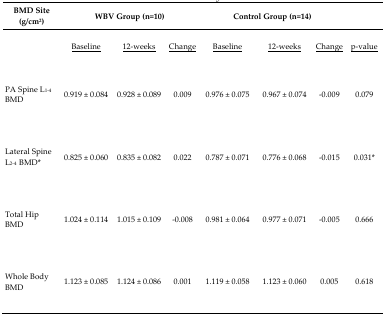
<table><thead><tr><td><b>BMD Site (g/cm<sup>2</sup>)</b></td><td colspan="3"><b>WBV Group (n=10)</b></td><td colspan="3"><b>Control Group (n=14)</b></td><td></td></tr><tr><td></td><td><b><underline>Baseline</underline></b></td><td><b><underline>12-weeks</underline></b></td><td><b><underline>Change</underline></b></td><td><b><underline>Baseline</underline></b></td><td><b><underline>12-weeks</underline></b></td><td><b><underline>Change</underline></b></td><td><b><underline>p-value</underline></b></td></tr></thead><tbody><tr><td>PA Spine L<sub>1–4</sub> BMD</td><td>0.919 ± 0.084</td><td>0.928 ± 0.089</td><td>0.009</td><td>0.976 ± 0.075</td><td>0.967 ± 0.074</td><td>−0.009</td><td>0.079</td></tr><tr><td>Lateral Spine L<sub>2–4</sub> BMD<sup>*</sup></td><td>0.825 ± 0.060</td><td>0.835 ± 0.082</td><td>0.022</td><td>0.787 ± 0.071</td><td>0.776 ± 0.068</td><td>−0.015</td><td>0.031<sup>*</sup></td></tr><tr><td>Total Hip BMD</td><td>1.024 ± 0.114</td><td>1.015 ± 0.109</td><td>−0.008</td><td>0.981 ± 0.064</td><td>0.977 ± 0.071</td><td>−0.005</td><td>0.666</td></tr><tr><td>Whole Body BMD</td><td>1.123 ± 0.085</td><td>1.124 ± 0.086</td><td>0.001</td><td>1.119 ± 0.058</td><td>1.123 ± 0.060</td><td>0.005</td><td>0.618</td></tr></tbody></table>